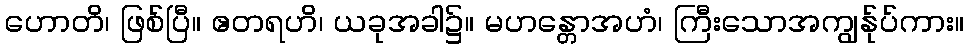
ဟောတိ၊ ဖြစ်ပြီ။ ဧတရဟိ၊ ယခုအခါ၌။ မဟန္တောအဟံ၊ ကြီးသောအကျွန်ုပ်ကား။